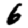
Digit: 6